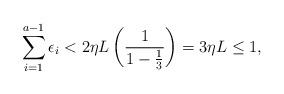
LaTeX: \begin{align*} \sum_{i=1}^{a-1} \epsilon_i < 2 \eta L \left( \frac{1}{1-\frac{1}{3}} \right) = 3 \eta L \leq 1, \end{align*}